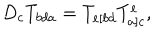
LaTeX: D _ { c } T _ { b d a } = T _ { e [ b d } T _ { a ] c } ^ { e } ,